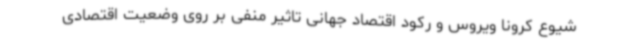
شیوع کرونا ویروس و رکود اقتصاد جهانی تاثیر منفی بر روی وضعیت اقتصادی